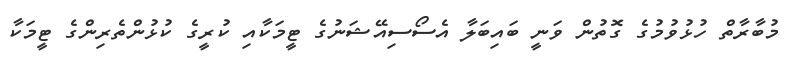
މުބާރާތް ހުޅުވުމުގެ ގޮތުން ވަނީ ބައިބަލާ އެސޯސިއޭޝަނުގެ ޓީމަކާއި ކުރީގެ ކުޅުންތެރިންގެ ޓީމަކާ